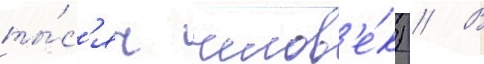
ты́с'яч челов'е́к) // В